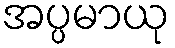
အပ္ပမာယု